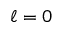
\ell = 0